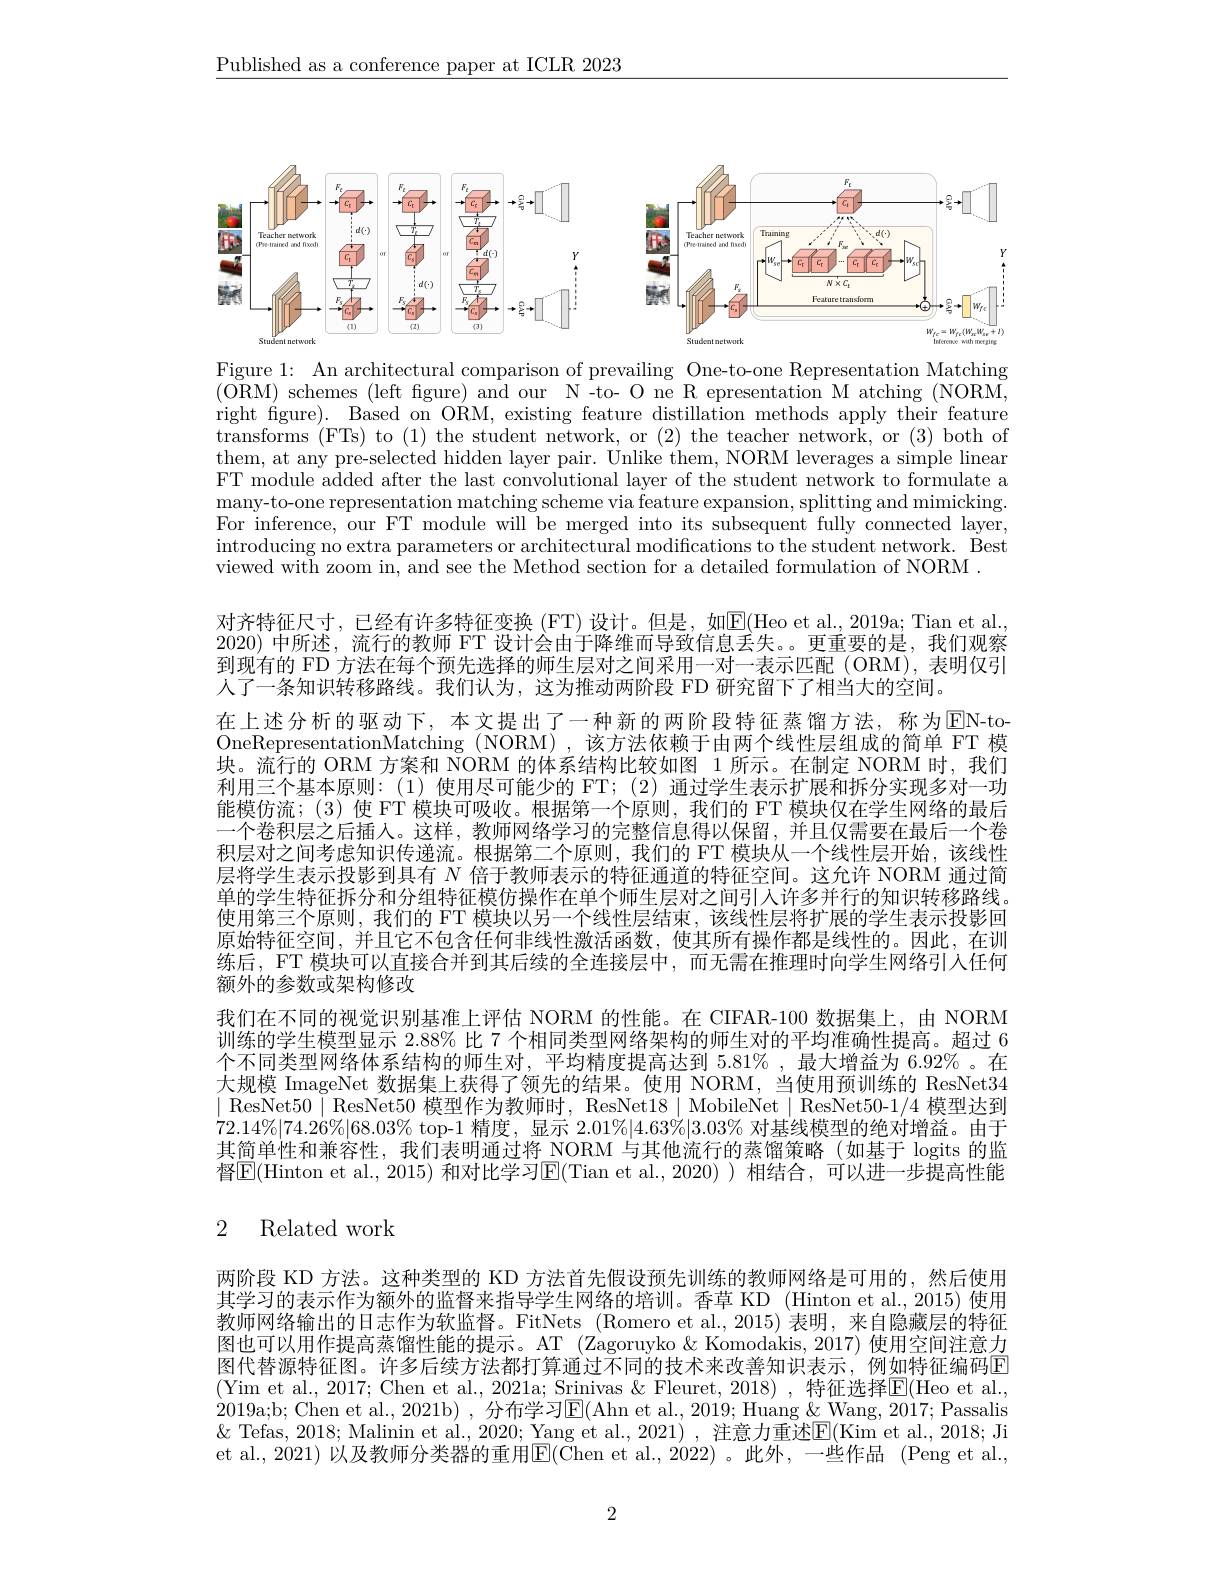
$\underline{\text{Published as a conference paper at ICLR 2023}}$

<FigureHere>

Figure 1: An architectural comparison of prevailing One-to-one Representation Matching (ORM) schemes (left fgure) and our N-to- O ne R epresentation M atching (NORM, right figure). Based on ORM, existing feature distillation methods apply their feature transforms (FTs) to (1) the student network, or (2) the teacher network, or (3) both of them, at any pre-selected hidden layer pair. Unlike them, NORM leverages a simple linear FT module added after the last convolutional layer of the student network to formulate a many-to-one representation matching scheme via feature expansion, splitting and mimicking. For inference, our FT module will be merged into its subsequent fully connected layer, introducing no extra parameters or architectural modifications to the student network. Best viewed with zoom in, and see the Method section for a detailed formulation of NORM .

对齐特征尺寸，已经有许多特征变换 (FT) 设计。但是，如$\mathbb{E}($Heo et al.,2019a; Tian et al.,

2020)中所述，流行的教师 FT 设计会由于降维而导致信息丢失。更重要的是，我们观察到现有的 FD 方法在每个预先选择的师生层对之间采用一对一表示匹配(ORM),表明仅引人了一条知识转移路线。我们认为，这为推动两阶段 FD 研究留下了相当大的空间。
在上述分析的驱动下，本文提出了一种新的两阶段特征蒸馏方法，称为EN-toOneRepresentationMatching (NORM),该方法依赖于由两个线性层组成的简单 FT 模$\bar{\text{块。流行的 ORM 方案和 NORM 的体系结构比较如图 1 所示。在制定 NORM 时，我们}}$ 利用三个基本原则：(1)使用尽可能少的 FT;(2)通过学生表示扩展和拆分实现多对一功能模仿流；(3)使 FT 模块可吸收。根据第一个原则，我们的 FT 模块仅在学生网络的最后一个卷积层之后插人。这样，教师网络学习的完整信息得以保留，并且仅需要在最后一个卷积层对之间考虑知识传递流。根据第二个原则，我们的 FT 模块从一个线性层开始，该线性层将学生表示投影到具有$N$倍于教师表示的特征通道的特征空间。这允许 NORM 通过简单的学生特征拆分和分组特征模仿操作在单个师生层对之间引人许多并行的知识转移路线。使用第三个原则，我们的 FT 模块以另一个线性层结束，该线性层将扩展的学生表示投影回原始特征空间，并且它不包含任何非线性激活函数，使其所有操作都是线性的。因此，在训练后，FT 模块可以直接合并到其后续的全连接层中，而无需在推理时向学生网络引入任何额外的参数或架构修改
我们在不同的视觉识别基准上评估 NORM 的性能。在 CIFAR-100 数据集上，由 NORM 训练的学生模型显示 2.88% 比 7 个相同类型网络架构的师生对的平均准确性提高。超过 6个不同类型网络体系结构的师生对，平均精度提高达到 5.81%,最大增益为 6.92% 。在大规模 ImageNet 数据集上获得了领先的结果。使用 NORM, 当使用预训练的 ResNet34 $\mid$ResNet50$\mid$ResNet50 模型作为教师时，ResNet18$\mid$MobileNet$\mid$ResNet50-1/4 模型达到$72.14\%|74.2\dot{6}\%|68.03\%$ top-1 精度，显示 2.01%|4.63%|3.03% 对基线模型的绝对增益。由于其简单性和兼容性，我们表明通过将 NORM 与其他流行的蒸馏策略(如基于 logits 的监督$\overline{\mathrm{E}}($Hinton et al., 2015) 和对比学习$\underline{\mathrm{E}}($Tian et al.,2020)) 相结合，可以进一步提高性能

# 2 Related work

两阶段 KD 方法。这种类型的 KD 方法首先假设预先训练的教师网络是可用的，然后使用其学习的表示作为额外的监督来指导学生网络的培训。香草 KD (Hinton et al,2015) 使用教师网络输出的日志作为软监督。FitNets (Romero et al.,2015)表明，来自隐藏层的特征图也可以用作提高蒸馏性能的提示。AT (Zagoruyko $\&$ Komodakis, 2017) 使用空间注意力图代替源特征图。许多后续方法都打算通过不同的技术来改善知识表示，例如特征编码$\color{red}{\mathrm{E}}$ (Yim et al., 2017; Chen et al., 2021a; Srinivas & Fleuret, 2018), 特征选择$\overline{\mathrm{E}}($Heo et al., 2019a;b; Chen et al., 2021b) , 分布学习E(Ahn et al., 2019; Huang & Wang, 2017; Passalis $\&$ Tefas, 2018; Malinin et al., 2020; Yang et al., 2021) , 注意力重述$\mathbb{E}($Kim et al., 2018; Ji et al., 2021) 以及教师分类器的重用$\overline{\mathrm{E}}($Chen et al.,2022)。此外，一些作品 (Peng et al.,

2